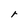
Character: r